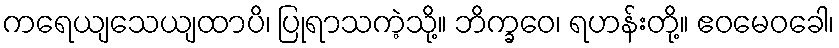
ကရေယျသေယျထာပိ၊ ပြုရာသကဲ့သို့။ ဘိက္ခဝေ၊ ရဟန်းတို့။ ဧဝမေဝခေါ၊